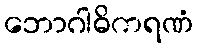
ဘောဂါဓိကရဏံ